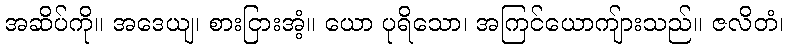
အဆိပ်ကို။ အဒေယျ၊ စားငြားအံ့။ ယော ပုရိသော၊ အကြင်ယောကျ်ားသည်။ ဇလိတံ၊